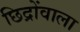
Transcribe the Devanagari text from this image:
छिद्रोंवाला